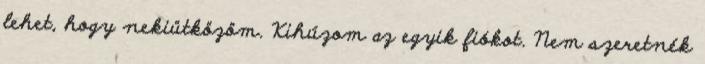
lehet, hogy nekiütközöm. Kihúzom az egyik fiókot. Nem szeretnék